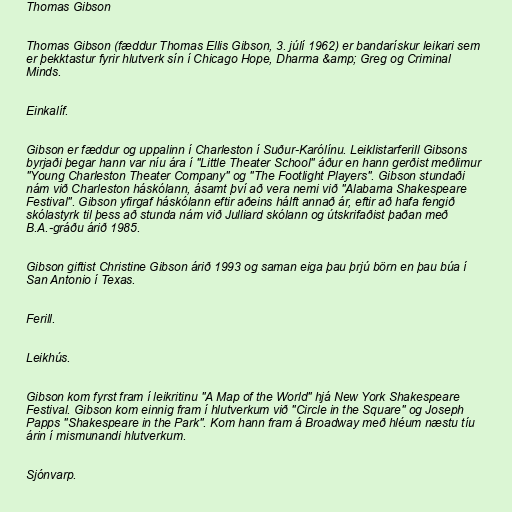
Thomas Gibson

Thomas Gibson (fæddur Thomas Ellis Gibson, 3. júlí 1962) er bandarískur leikari sem
er þekktastur fyrir hlutverk sín í Chicago Hope, Dharma &amp; Greg og Criminal
Minds.

Einkalíf.

Gibson er fæddur og uppalinn í Charleston í Suður-Karólínu. Leiklistarferill Gibsons
byrjaði þegar hann var níu ára í "Little Theater School" áður en hann gerðist meðlimur
"Young Charleston Theater Company" og "The Footlight Players". Gibson stundaði
nám við Charleston háskólann, ásamt því að vera nemi við "Alabama Shakespeare
Festival". Gibson yfirgaf háskólann eftir aðeins hálft annað ár, eftir að hafa fengið
skólastyrk til þess að stunda nám við Julliard skólann og útskrifaðist þaðan með
B.A.-gráðu árið 1985.

Gibson giftist Christine Gibson árið 1993 og saman eiga þau þrjú börn en þau búa í
San Antonio í Texas.

Ferill.

Leikhús.

Gibson kom fyrst fram í leikritinu "A Map of the World" hjá New York Shakespeare
Festival. Gibson kom einnig fram í hlutverkum við "Circle in the Square" og Joseph
Papps "Shakespeare in the Park". Kom hann fram á Broadway með hléum næstu tíu
árin í mismunandi hlutverkum.

Sjónvarp.